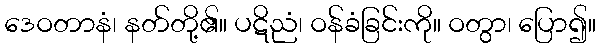
ဒေဝတာနံ၊ နတ်တို့၏။ ပဋိညံ၊ ဝန်ခံခြင်းကို။ ဝတွာ၊ ပြော၍။